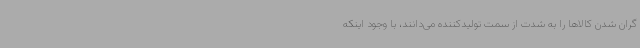
گران شدن کالاها را به شدت از سمت تولیدکننده می‌دانند، با وجود اینکه